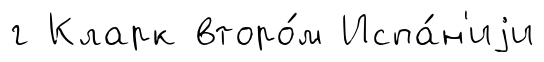
г Кларк второ́м Испа́н'иjи